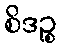
စိဒဉ္စ